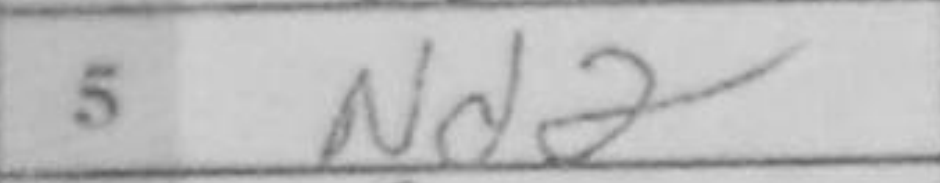
Transcription: Nd2